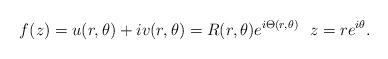
LaTeX: \begin{align*} f(z)=u(r,\theta )+iv(r,\theta )=R(r,\theta )e^{i\Theta (r,\theta )}\ \ z=re^{i\theta } . \end{align*}